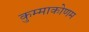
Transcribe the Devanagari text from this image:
कुम्माकोणम